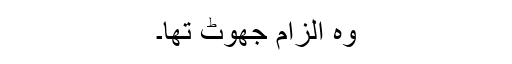
وہ الزام جھوٹ تھا۔